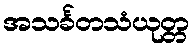
အသင်္ခတသံယုတ္တ